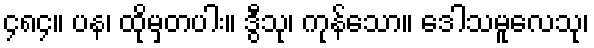
၄၈၄။ ပန၊ ထိုမှတပါး။ ဒွီသု၊ ကုန်သော။ ဒေါသမူလေသု၊